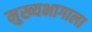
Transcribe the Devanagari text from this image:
मुख्यभागाला